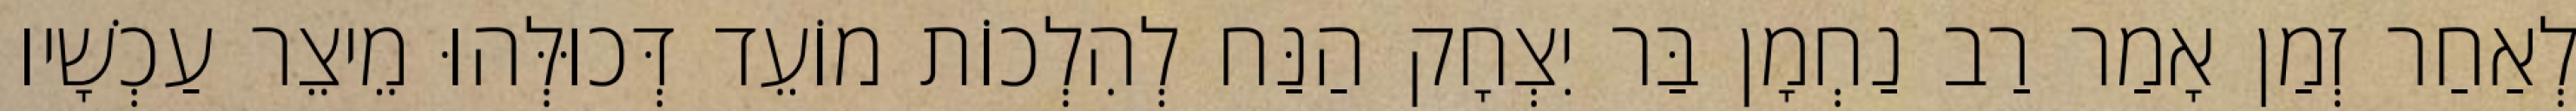
לְאַחַר זְמַן אָמַר רַב נַחְמָן בַּר יִצְחָק הַנַּח לְהִלְכוֹת מוֹעֵד דְּכוּלְּהוּ מֵיצֵר עַכְשָׁיו